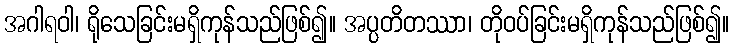
အဂါရဝါ၊ ရိုသေခြင်းမရှိကုန်သည်ဖြစ်၍။ အပ္ပတိတဿာ၊ တိုဝပ်ခြင်းမရှိကုန်သည်ဖြစ်၍။